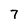
Character: 7